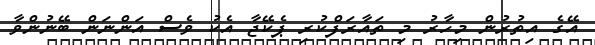
އޭގެ އިތުރުން މިހާރު މި ތައާރަފްކުރި ޕެކޭޖާ އެކު ވެސް އަންނަން ބޭނުންވާ